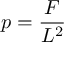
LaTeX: p = { \frac { F } { L ^ { 2 } } }